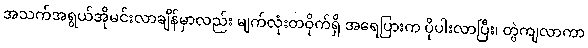
အသက်အရွယ်အိုမင်းလာချိန်မှာလည်း မျက်လုံးတဝိုက်ရှိ အရေပြားက ပိုပါးလာပြီး၊ တွဲကျလာကာ